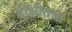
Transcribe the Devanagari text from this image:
दीक्षीतचा